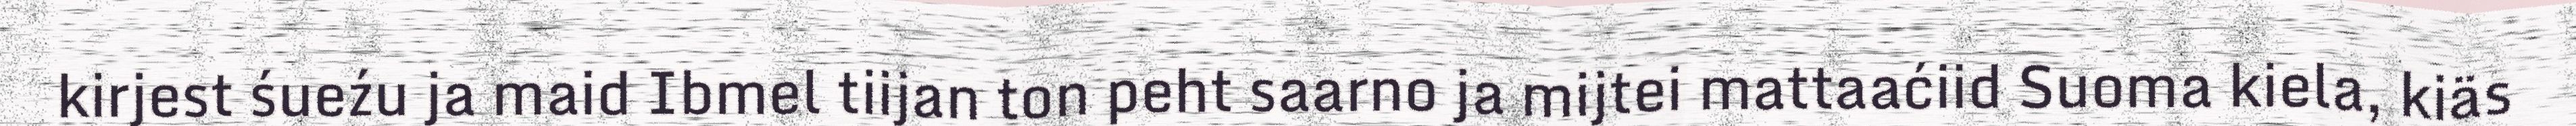
kirjest śueźu ja maid Ibmel tiijan ton peht saarno ja mijtei mattaaćiid Suoma kiela, kiäs